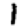
Digit: 1